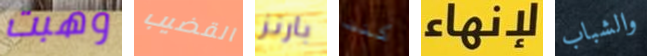
وهبت القضيب بارنز كنت لإنهاء والشباب